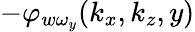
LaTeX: -\varphi_{w\omega_{y}}(k_{x},k_{z},y)